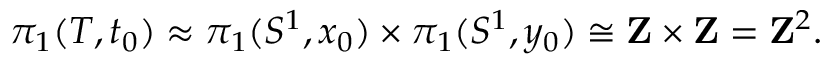
\pi _ { 1 } ( T , t _ { 0 } ) \approx \pi _ { 1 } ( S ^ { 1 } , x _ { 0 } ) \times \pi _ { 1 } ( S ^ { 1 } , y _ { 0 } ) \cong \mathbf { Z } \times \mathbf { Z } = \mathbf { Z } ^ { 2 } .